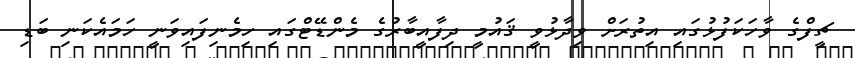
ޗީފްގެ ވާހަކަފުޅުގައި އިތުރަށް ވިދާޅުވީ ޤައުމީ ދިފާއީބާރުގެ މެންޑޭޓްގައި ހިމެނިފައިވަނީ ހަމައެކަނި ބަޑި